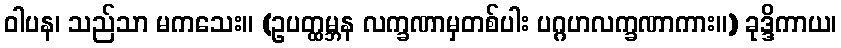
ဝါပန၊ သည်သာ မကသေး။ (ဥပတ္ထမ္ဘန လက္ခဏာမှတစ်ပါး ပဂ္ဂဟလက္ခဏာကား။) ခုဒ္ဒိကာယ၊